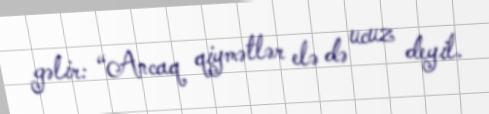
gəlir: “Ancaq qiymətlər elə də ucuz deyil.